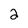
Character: 2